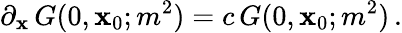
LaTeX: \partial_{\mathbf{x}}\, G(0,\mathbf{x}_{0};m^{2})=c\, G(0,\mathbf{x}_{0};m^{2})\, .